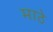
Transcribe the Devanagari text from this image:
माठे